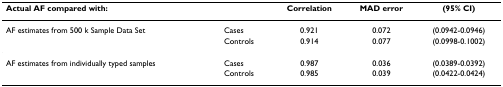
<table><thead><tr><td colspan="2"><b>Actual AF compared with:</b></td><td><b>Correlation</b></td><td><b>MAD error</b></td><td><b>(95% CI)</b></td></tr></thead><tbody><tr><td>AF estimates from 500 k Sample Data Set</td><td>Cases</td><td>0.921</td><td>0.072</td><td>(0.0942-0.0946)</td></tr><tr><td></td><td>Controls</td><td>0.914</td><td>0.077</td><td>(0.0998-0.1002)</td></tr><tr><td>AF estimates from individually typed samples</td><td>Cases</td><td>0.987</td><td>0.036</td><td>(0.0389-0.0392)</td></tr><tr><td></td><td>Controls</td><td>0.985</td><td>0.039</td><td>(0.0422-0.0424)</td></tr></tbody></table>